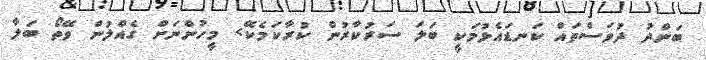
ބަންދު ދުވަސްތައް ކަނޑައެޅުމަކީ ބަލަ ސަރުކާރުން ކުރާކަމެކޭ> މީހުންނަށް ގެއްލުން ވޭތޯ ބަލާ